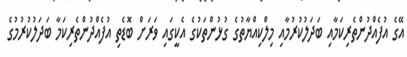
އޭގެ އުފެއްދުންތެރިކަމާއި ބަދަލުކުރުމާއި މިލްކިއްޔާތުގެ ގުޅުންތަކުގެ އެކީގައި ވަރަށް ބޮޑެތި އުފެއްދުންތެރިކަމާ ބަދަލުކުރުމުގެ